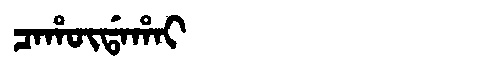
Manchu: ᠴᠠᡥᡡᡩᠠᡥᠠᡳ
Romanization: CAHŪDAHAI